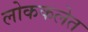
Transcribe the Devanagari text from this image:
लोककलेत